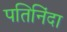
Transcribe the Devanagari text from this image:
पतिनिंदा